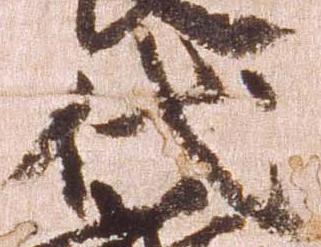
代